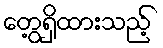
တွေ့ရှိထားသည့်